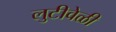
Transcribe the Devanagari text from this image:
लुटीवेळी